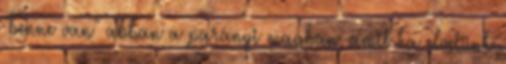
"benne van" abban a parányi magban, amit ha elvetünk